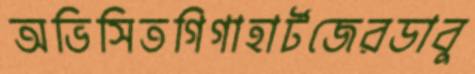
অভিসিতগিগাহার্টজেরডাবু